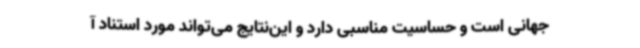
جهانی است و حساسیت مناسبی دارد و این‌نتایج می‌تواند مورد استناد آ